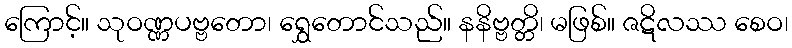
ကြောင့်။ သုဝဏ္ဏပဗ္ဗတော၊ ရွှေတောင်သည်။ နနိဗ္ဗတ္တိ၊ မဖြစ်။ ဇဋိလဿ စေဝ၊